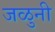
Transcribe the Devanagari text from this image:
जळुनी